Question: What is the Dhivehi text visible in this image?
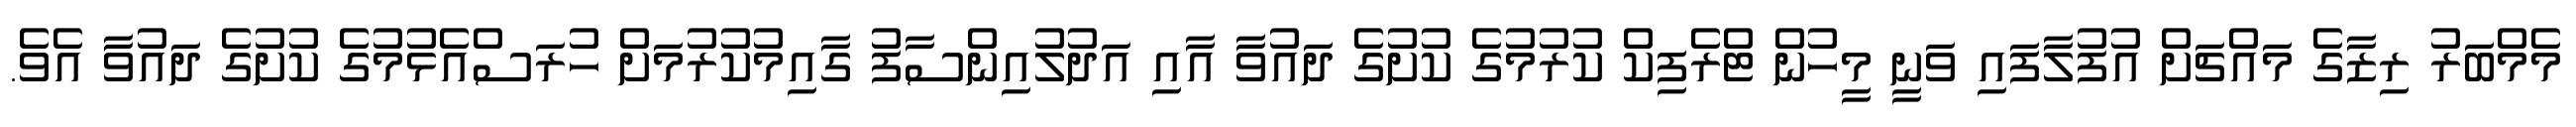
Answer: މެމްބަރު ރިޒާގެ މައްޗަށް އުފުލާފައި ވަނީ މީހުން ޓްރެފިކް ކުރުމުގެ ކުށުގެ ދައުވާ އާއި އަދުލުއިންސާފު ގާއިމުކުރުމަށް ހުރަސްއެޅުމުގެ ކުށުގެ ދައުވާ އެވެ.